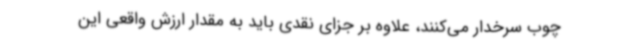
چوب سرخدار می‌کنند، علاوه بر جزای نقدی باید به مقدار ارزش واقعی این